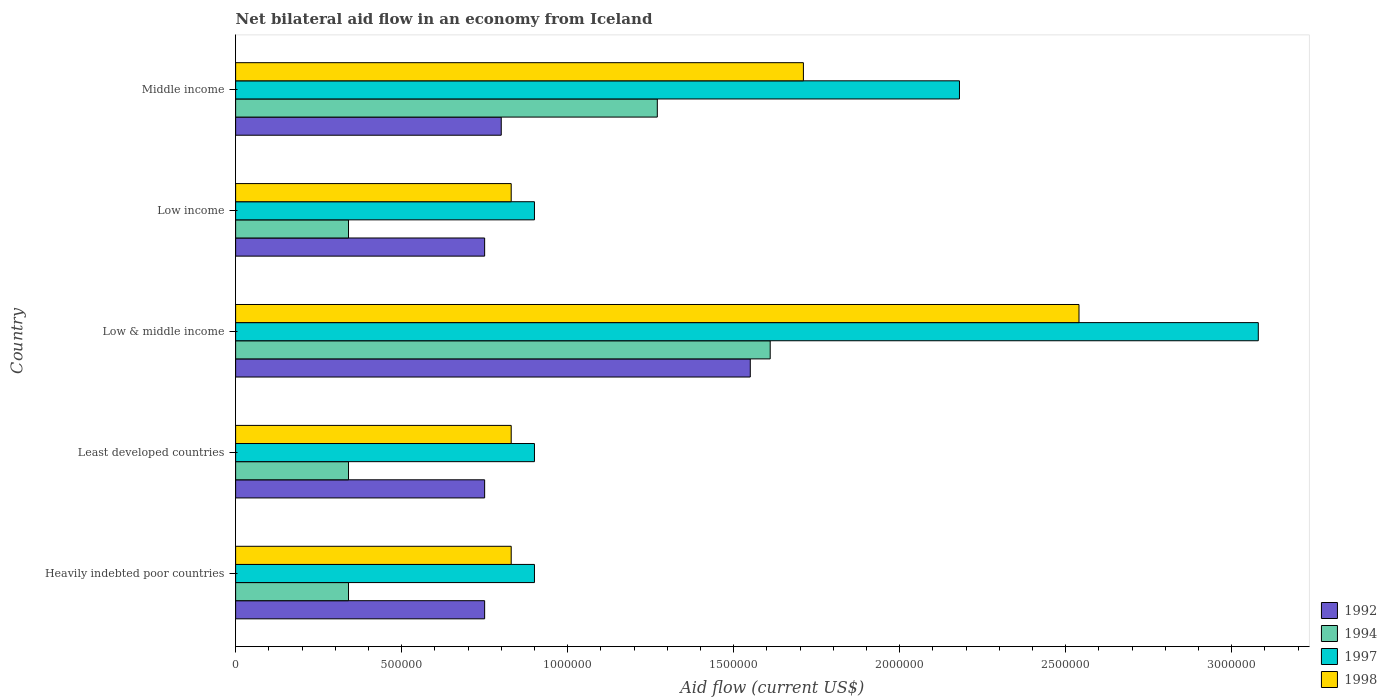
| Country | 1992 | 1994 | 1997 | 1998 |
 | --- | --- | --- | --- | --- |
 | Heavily indebted poor countries | 7.5e+05 | 3.4e+05 | 9e+05 | 8.3e+05 |
 | Least developed countries | 7.5e+05 | 3.4e+05 | 9e+05 | 8.3e+05 |
 | Low & middle income | 1.55e+06 | 1.61e+06 | 3.08e+06 | 2.54e+06 |
 | Low income | 7.5e+05 | 3.4e+05 | 9e+05 | 8.3e+05 |
 | Middle income | 8e+05 | 1.27e+06 | 2.18e+06 | 1.71e+06 |